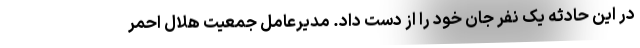
در این حادثه یک نفر جان خود را از دست داد. مدیرعامل جمعیت هلال احمر